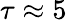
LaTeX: \tau\approx 5